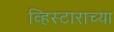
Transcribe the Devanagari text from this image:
व्हिस्टाराच्या